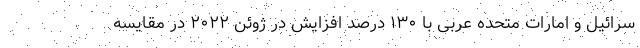
سرائیل و امارات متحده عربی با ۱۳۰ درصد افزایش در ژوئن ۲۰۲۲ در مقایسه